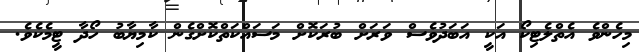
މިހެންވެ އެތްލެޓިކޯ އަކީ އަބަދުވެސް ވަރަށް ބުރަކޮށް މަސައްކަތްކޮށްގެން ކާމިޔާބު ހޯދާ ޓީމެކެވެ.